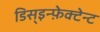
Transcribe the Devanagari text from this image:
डिस्इन्फ़ेक्टेन्ट